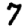
Digit: 7